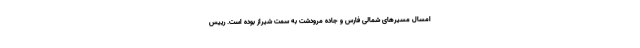
امسال مسیرهای شمالی فارس و جاده مرودشت به سمت شیراز بوده است. رییس